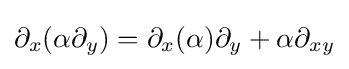
\partial _{x}(\alpha \partial _{y})=\partial _{x}(\alpha )\partial _{y}+\alpha \partial _{xy}